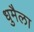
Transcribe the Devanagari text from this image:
धुमैला